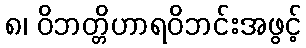
၈၊ ဝိဘတ္တိဟာရဝိဘင်းအဖွင့်